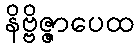
နိဗ္ဗိဇ္ဇာပေထ